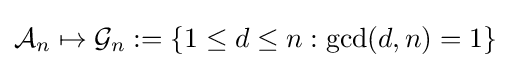
{\mathcal {A}}_{n}\mapsto {\mathcal {G}}_{n}:=\{1\leq d\leq n:\gcd(d,n)=1\}